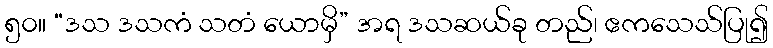
၅၀။ “ဒသ ဒသကံ သတံ ယောမှိ” အရ ဒသဆယ်ခု တည်၊ ဧကသေသ်ပြု၍